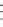
7.(湖南益阳中考)若计算$$\sqrt{12}\times m$$ 的结果为正